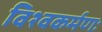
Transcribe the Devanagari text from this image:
विश्वकर्मणः